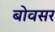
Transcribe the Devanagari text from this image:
बोवसर